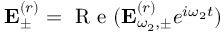
{ \bf E } _ { \pm } ^ { ( r ) } = \mathrm { ~ R ~ e ~ } ( { \bf E } _ { \omega _ { 2 } , \pm } ^ { ( r ) } e ^ { i \omega _ { 2 } t } )